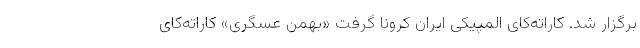
برگزار شد. کاراته‌کای المپیکی ایران کرونا گرفت «بهمن عسگری» کاراته‌کای